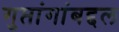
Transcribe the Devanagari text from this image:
गुप्तांगांबद्दल